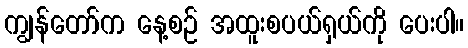
ကျွန်တော်က နေ့စဉ် အထူးစပယ်ရှယ်ကို ပေးပါ။